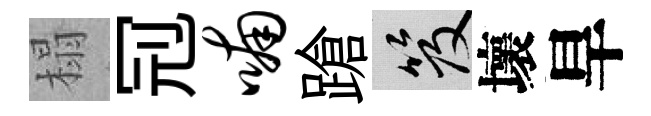
榻𠜍喃蹌笈壞旱